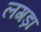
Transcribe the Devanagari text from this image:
लगड़ा